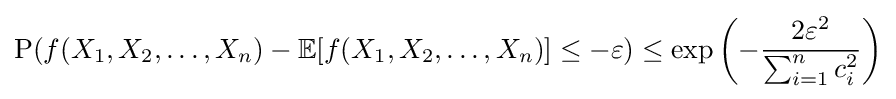
{\text{P}}(f(X_{1},X_{2},\ldots ,X_{n})-\mathbb {E} [f(X_{1},X_{2},\ldots ,X_{n})]\leq -\varepsilon )\leq \exp \left(-{\frac {2\varepsilon ^{2}}{\sum _{i=1}^{n}c_{i}^{2}}}\right)